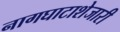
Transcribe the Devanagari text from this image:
नागघाटाशेजारी